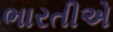
ભારતીએ